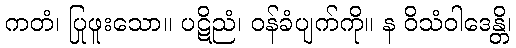
ကတံ၊ ပြုဖူးသော။ ပဋိညံ၊ ဝန်ခံပျက်ကို။ န ဝိသံဝါဒေန္တိ၊